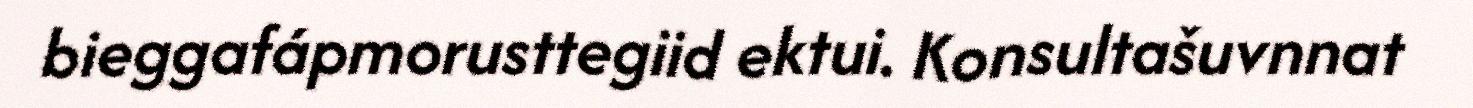
bieggafápmorusttegiid ektui. Konsultašuvnnat